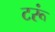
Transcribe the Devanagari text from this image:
टरूं